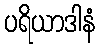
ပရိယာဒါနံ